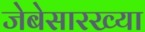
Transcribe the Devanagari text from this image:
जेबेसारख्या